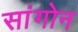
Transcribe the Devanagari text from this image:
सांगोन